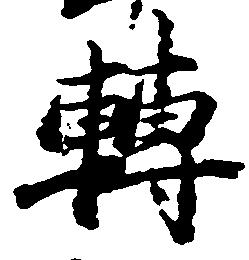
転